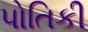
પોતિકી